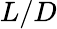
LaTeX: L/D